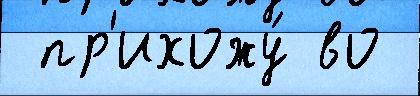
 пр'ихожу́ во